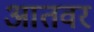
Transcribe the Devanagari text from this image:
आतवर